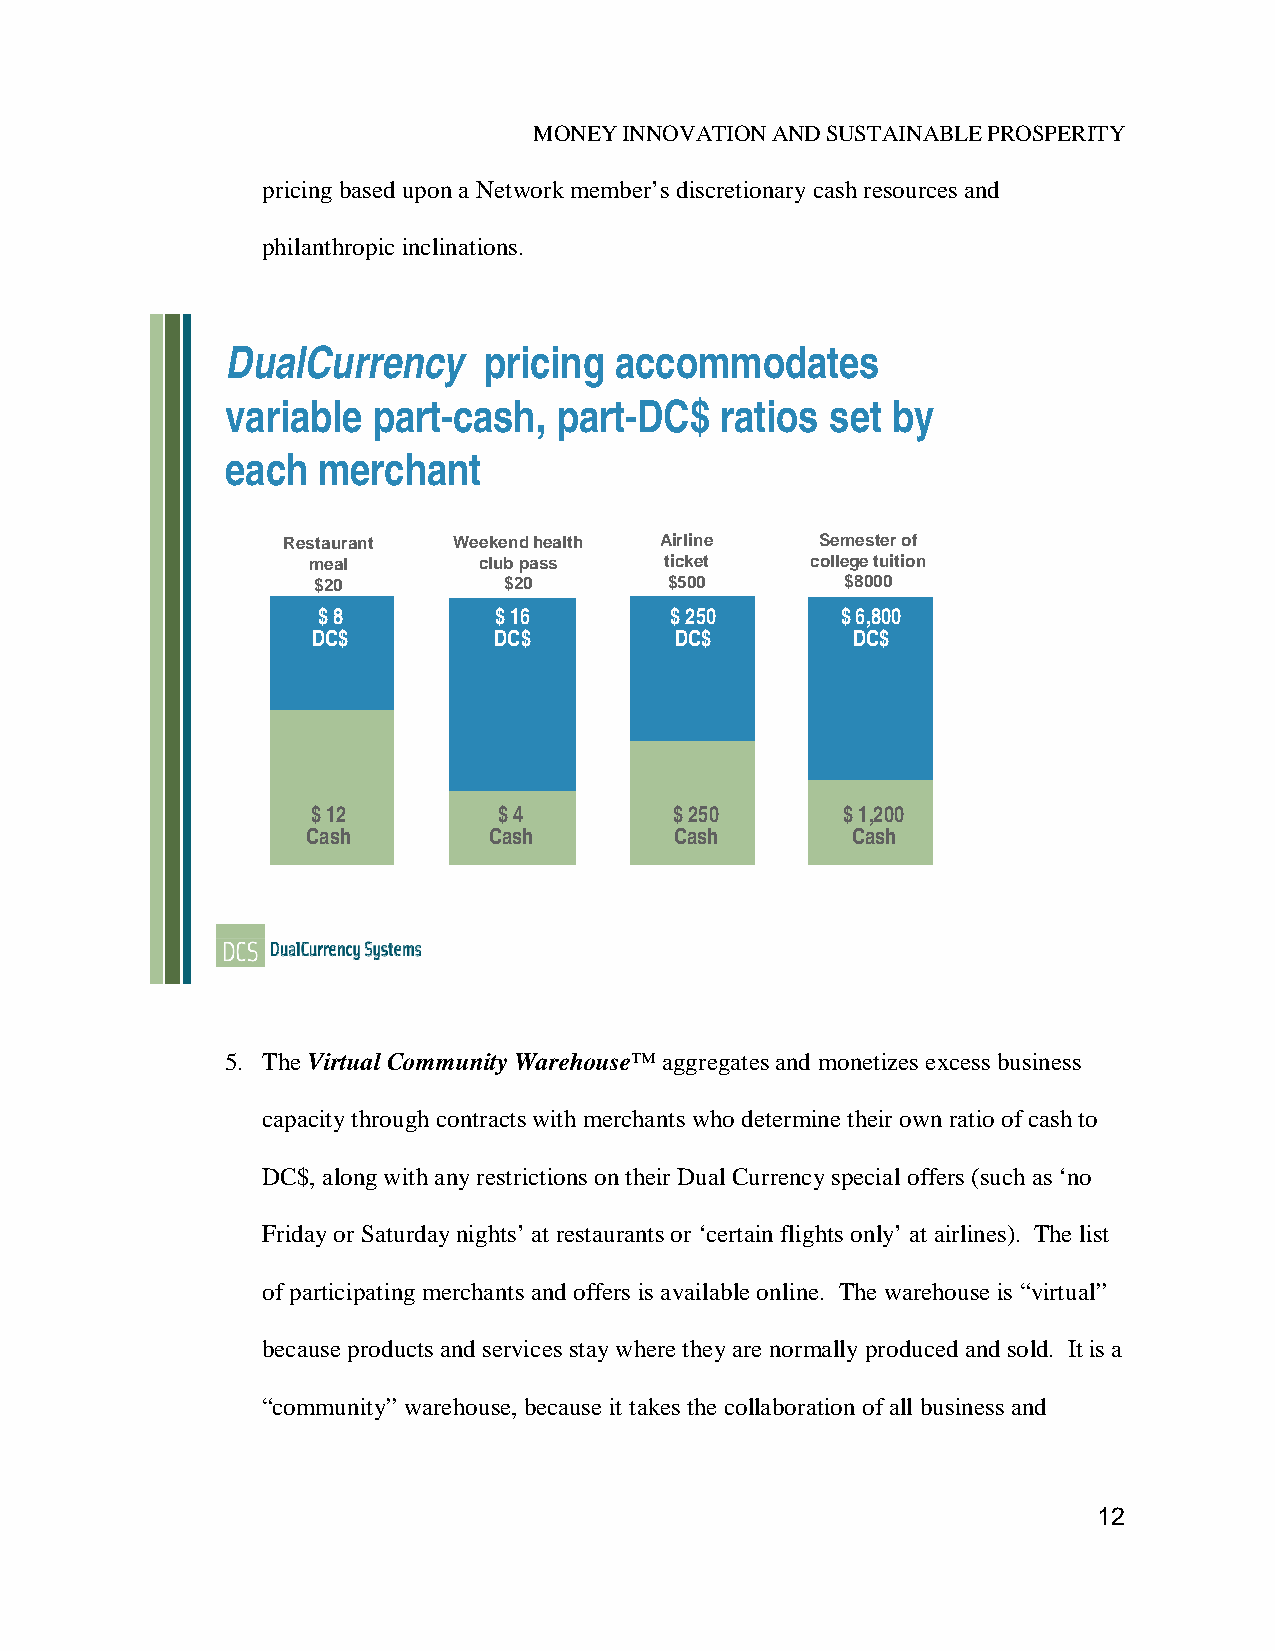
MONEY INNOVATION AND SUSTAINABLE PROSPERITY
 pricing based upon a Network member’s discretionary cash resources and
 philanthropic inclinations.
 DualCurrency     pricing  accommodates
 variable  part-cash,  part-DC$   ratios set by
 each  merchant
 Restaurant Weekend health Airline  Semester of
 meal        club pass   ticket    college tuition
 $20         $20        $500        $8000
 $ 8         $ 16       $ 250       $ 6,800
 DC$         DC$         DC$        DC$
 $ 12        $ 4         $ 250      $ 1,200
 Cash        Cash         Cash       Cash
 5. The Virtual Community Warehouse™ aggregates and monetizes excess business
 capacity through contracts with merchants who determine their own ratio of cash to
 DC$, along with any restrictions on their Dual Currency special offers (such as ‘no
 Friday or Saturday nights’ at restaurants or ‘certain flights only’ at airlines). The list
 of participating merchants and offers is available online. The warehouse is “virtual”
 because products and services stay where they are normally produced and sold. It is a
 “community” warehouse, because it takes the collaboration of all business and
 12